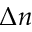
\Delta n